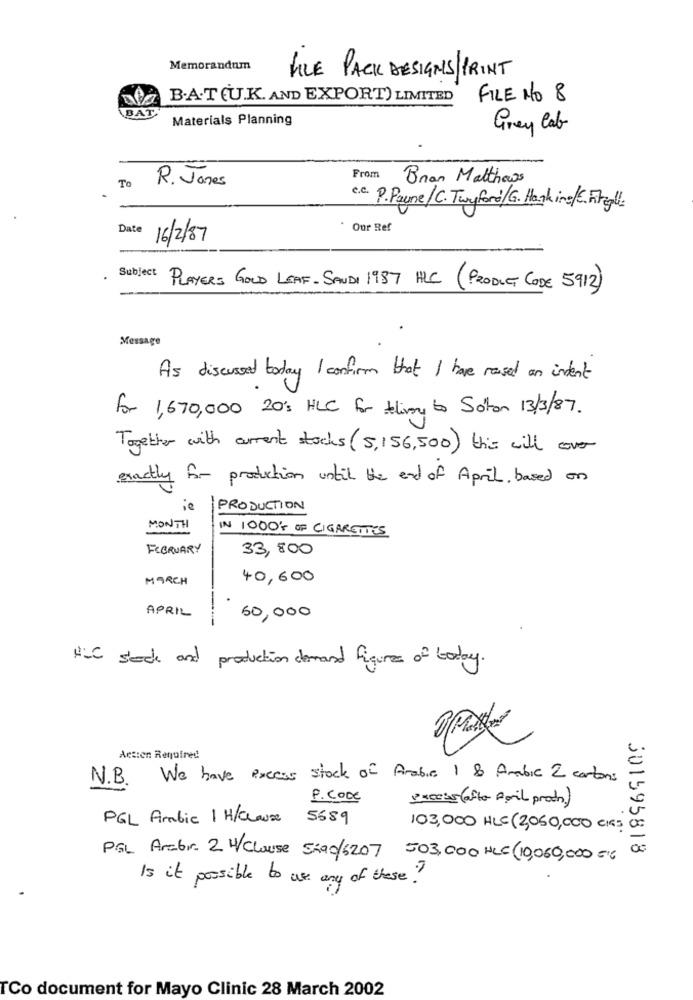
Memorandum
LIVE PACK DESIGNS/PRINT
B.A.TEU.K. AND EXPORT) LIMITED
FILE NO 8
BAT
Materials Planning
Grey Cab
To
R. Jones
From
Bran Matthews
c.c. P. Paune/C. Twyford/G. Hanhin /E .Firegl.
Date
Our Ref
16/2/87
Subject
PLAYERS GOLD LEAF- SANDI 1987 HLC (PRODUCT CODE 5912)
Message
As discussed today I confirm that I have rased an indent
for 1,670,000 20': HLC for thing to Soton 13/3/87 .
Together with current stocks (5,156,500) this will our
exactly for production until the end of April, based on
ie
PRODUCTION
MONTH
IN 1000'S OF CIGARETTES
FEBRUARY
33,800
MARCH
40,600
APRIL
50,000
HCC sede and production demand figures of today.
Actien Required
N.B. We have preces stock of Arabia 1 & Arabic 2 cartons
P. CODE
Process(ofte poil prodo)
PGL Arabic 1 H/Clause 5689
103,000 HLC (3,050,000 CIR3
301595818
PGL Arebir. 2 H/Clause Sha0/6207 503,000 HLC (10,060,000 =
Is it possible to use any of these?
TCo document for Mayo Clinic 28 March 2002